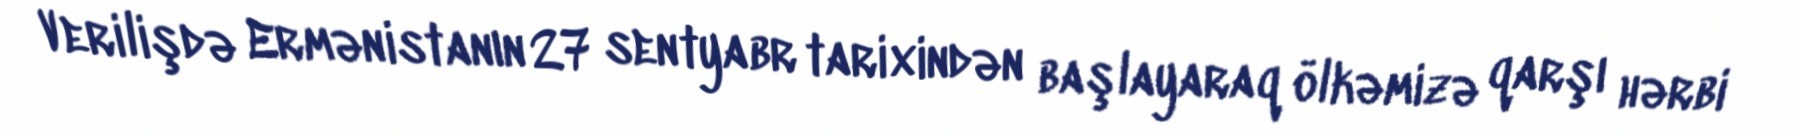
Verilişdə Ermənistanın 27 sentyabr tarixindən başlayaraq ölkəmizə qarşı hərbi